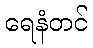
ရေနံတင်